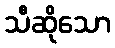
သီဆိုသော